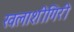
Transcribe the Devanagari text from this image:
खलाशीगिरी